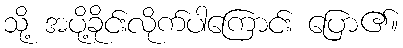
သို့ အပို့ခိုင်းလိုက်ပါကြောင်း ပြော၏။